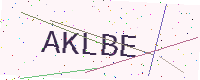
Text: AKLBE